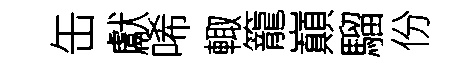
缶獻唏輙籠巔騮份